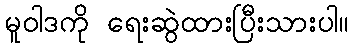
မူဝါဒကို ရေးဆွဲထားပြီးသားပါ။